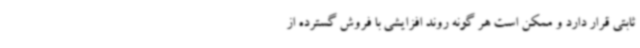
ثابتی قرار دارد و ممکن است هر گونه روند افزایشی با فروش گسترده از